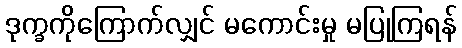
ဒုက္ခကိုကြောက်လျှင် မကောင်းမှု မပြုကြရန်